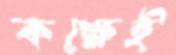
কক্ষেই